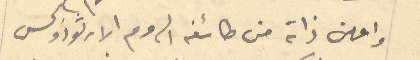
واعلن ذاته من طائفه الروم الارثوذوكس